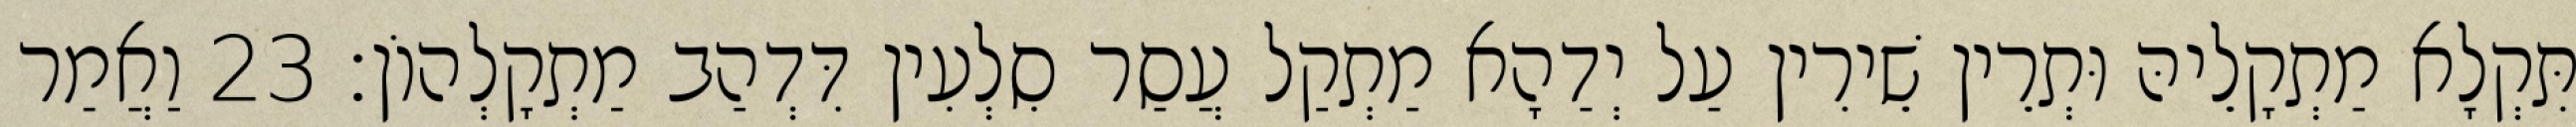
תִּקְלָא מַתְקָלֵיהּ וּתְרֵין שֵׁירִין עַל יְדַהָא מַתְקַל עֲסַר סִלְעִין דִּדְהַב מַתְקָלְהוֹן׃ 23 וַאֲמַר